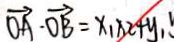
\overrightarrow { O A } \cdot \overrightarrow { O B } = x _ { 1 } x _ { 2 } + y _ { 1 }